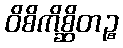
ဝိစိကိစ္ဆိတဉ္စ